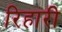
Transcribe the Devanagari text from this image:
रिहारी